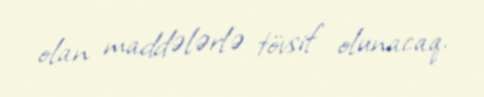
olan maddələrlə tövsif olunacaq.